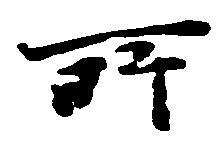
所